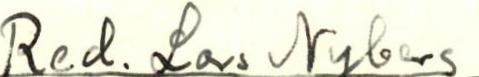
Red. Lars Nyberg